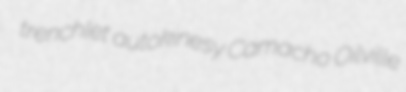
trenchlet autokinesy Camacho Oilville